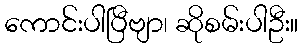
ကောင်းပါပြီဗျာ၊ ဆိုစမ်းပါဦး။